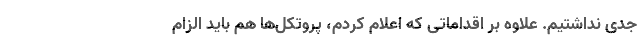
جدی نداشتیم. علاوه بر اقداماتی که اعلام کردم، پروتکل‌ها هم باید الزام